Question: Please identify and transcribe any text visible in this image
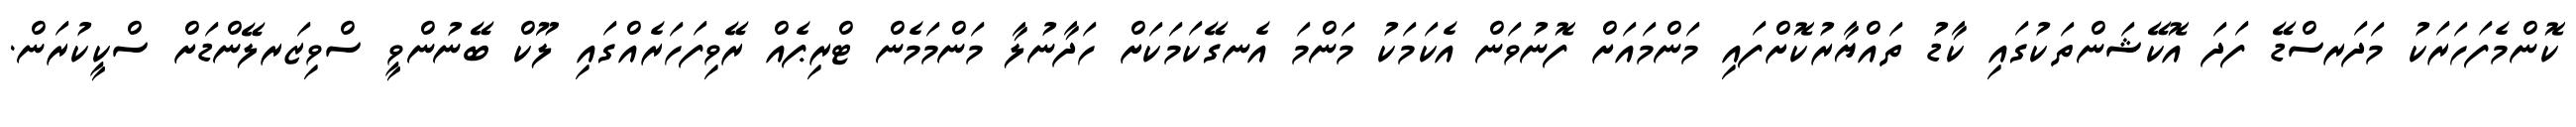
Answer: ކޮންމެފަހަރަކު މަދަރސްޑޭ ފަދަ އޮކޭޝަންތަކުގައި ކާޑު ތައްޔާރުކޮށްފައި މަންމައަށް ފޮނުވަން އެކަމަކު މަންމަ އެނގޭކަމަކަށް ހަދާނުލާ މަންމަމެން ޓްރިޕެއް ރޭވިފަހަރެއްގައި ލޫކް ބޭނުންވީ ސްވިޒަރލޭންޑަށް ސްކީކުރަން.